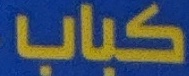
كباب